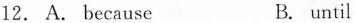
12. A. because B. until